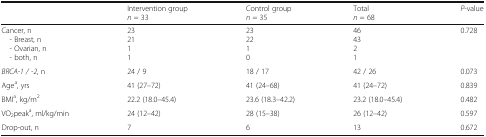
|  | Intervention groupn = 33 | Control groupn = 35 | Totaln = 68 | P-value |
 | --- | --- | --- | --- | --- |
 | Cancer, n - Breast, n - Ovarian, n - both, n | 232111 | 232210 | 464321 | 0.728 |
 | BRCA-1 / -2, n | 24 / 9 | 18 / 17 | 42 / 26 | 0.073 |
 | Agea, yrs | 41 (27–72) | 41 (24–68) | 41 (24–72) | 0.839 |
 | BMIa, kg/m2 | 22.2 (18.0–45.4) | 23.6 (18.3–42.2) | 23.2 (18.0–45.4) | 0.482 |
 | VO2peaka, ml/kg/min | 24 (12–42) | 28 (15–38) | 26 (12–42) | 0.597 |
 | Drop-out, n | 7 | 6 | 13 | 0.672 |